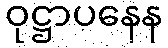
ဝုဋ္ဌာပနေန